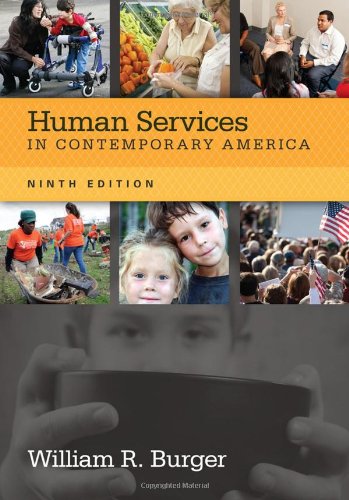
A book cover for Human Services in Contemporary America (HSE 110 Introduction to Human Services); William R. Burger; Medical Books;